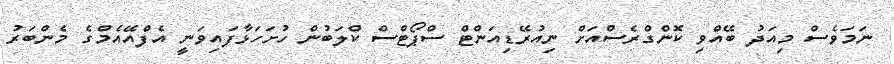
ނަމަވެސް މިއަދު ބޭއްވި ކޮންގްރެސްއަށް ނިއުރޭޑިއަންޓް ސްޕޯޓްސް ކްލަބުން ހުށަހަޅާފައިވަނީ އެފްއޭއެމްގެ މެންބަރު